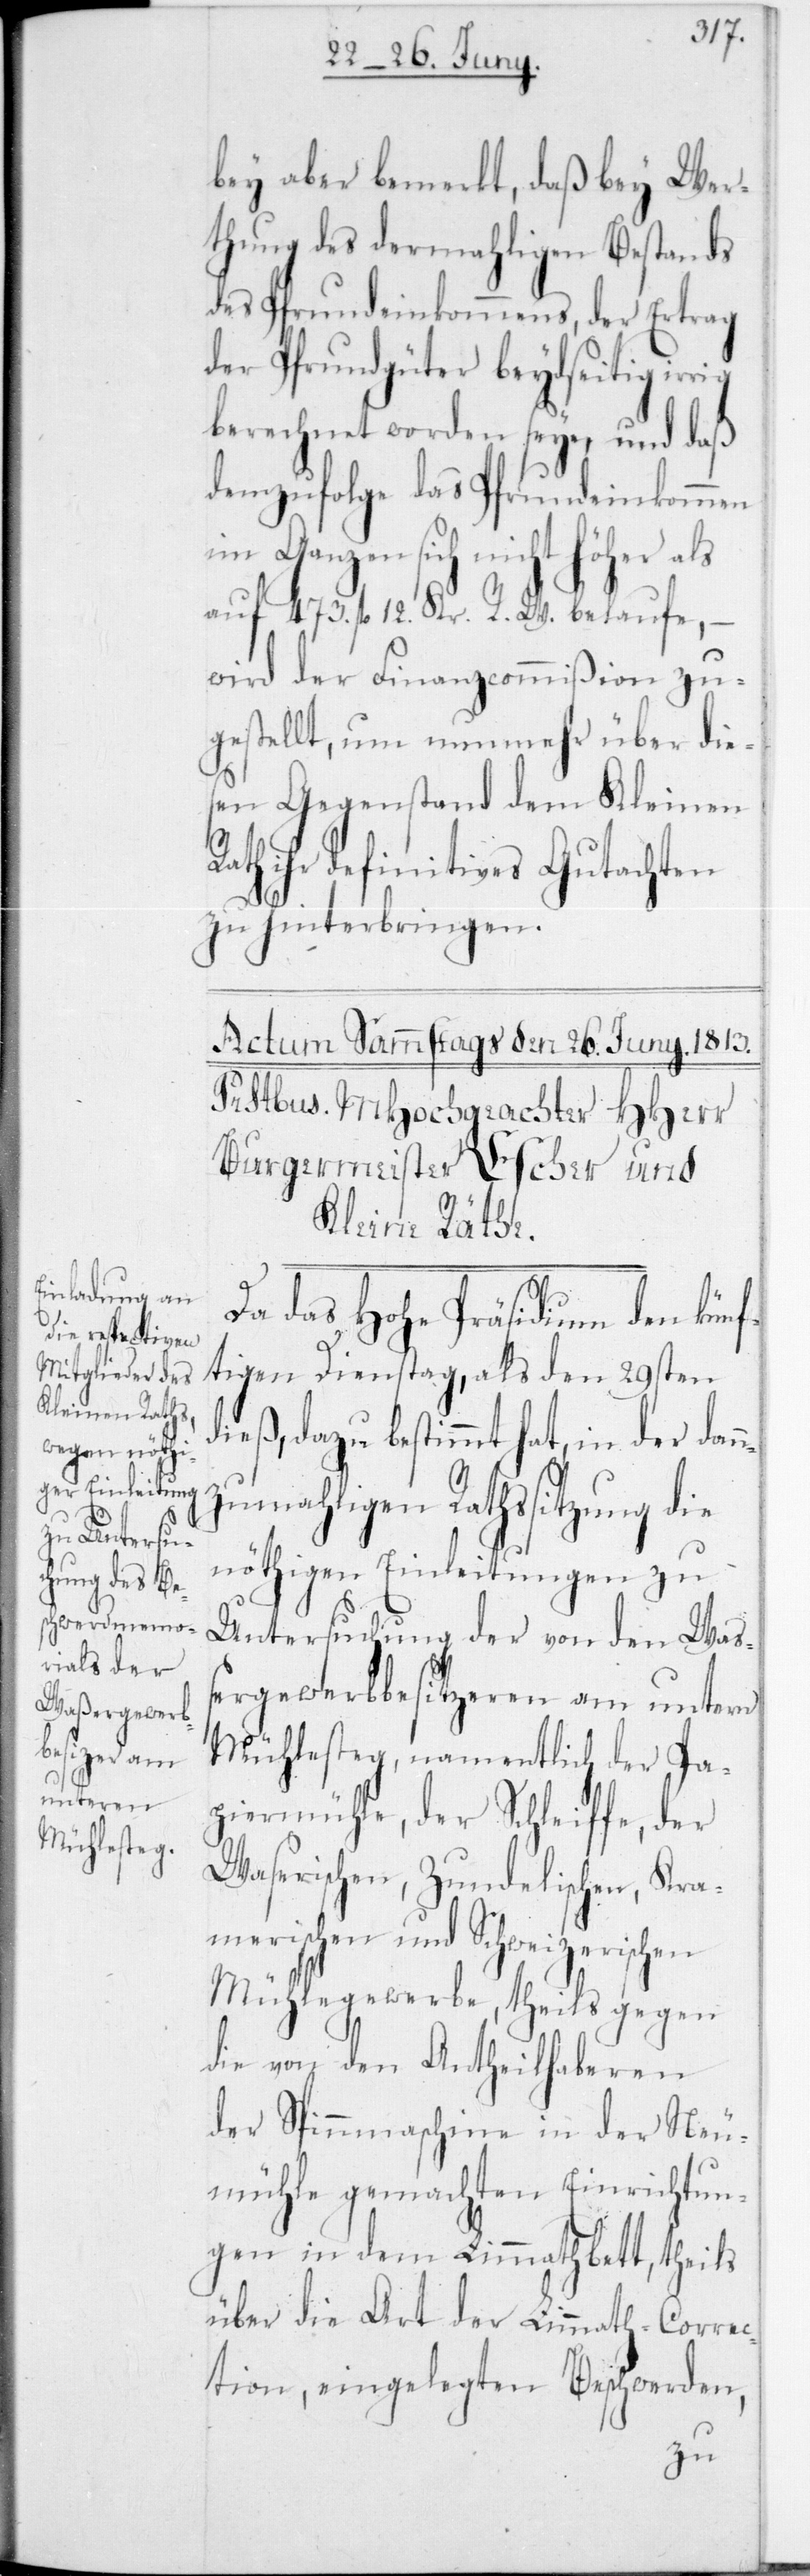
bey aber bemerkt, daß bey Wer¬
thung des dermahligen Bestands
des Pfrundeinkommens, der Ertrag
der Pfrundgüter beydseitig
berechnet worden seye, und daß
demzufolge das Pfrundeinkommen
im Ganzen sich nicht höher als
auf 473 fl. 12 Kr. R. W. belaufe, –
wird der Finanzcommißion zu¬
gestellt, um nunmehr über die¬
sen Gegenstand dem Kleinen
Rath ihr definitives Gutachten
zu hinterbringen.
Da das Hohe Präsidium den künf¬
tigen Dienstag, als den 29sten
dieß, dazu bestimmt hat, in der dan¬
nzumahligen Rathssitzung die
nöthigen Einleitungen zu
Untersuchung der von den Waß¬
ergewerbbesitzeren am unteren
Mühlesteg, namentlich der Pa¬
piermühle, der Schleiffe, der
Waserischen, Zundelischen, Kra¬
merischen und Schweizerischen
Mühlegewerbe, theils gegen
die von den Antheilhaberen
der Spinnmaschine in der Neu¬
mühle gemachten Einrichtun¬
gen in dem Limmathbett, theils
über die Art der Limmath-Correc¬
tion, eingelegten Beschwerden,